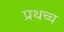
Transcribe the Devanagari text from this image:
प्रथच्च